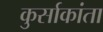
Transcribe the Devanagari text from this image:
कुर्साकांता